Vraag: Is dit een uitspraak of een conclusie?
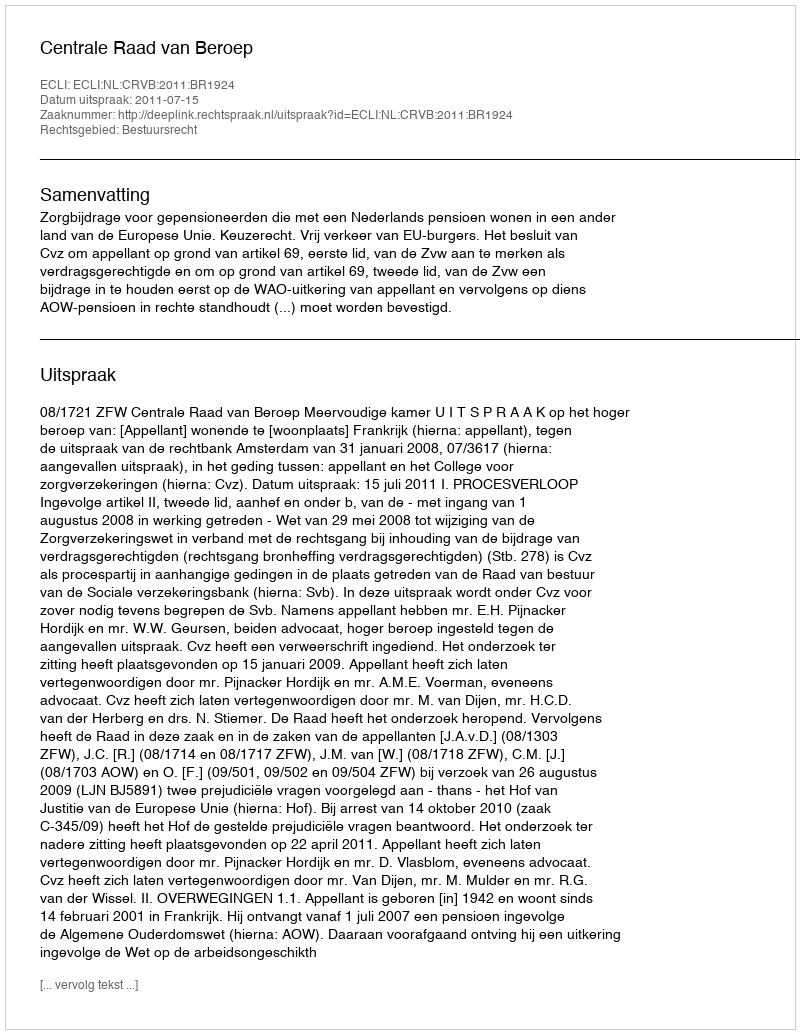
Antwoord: Uitspraak